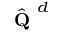
\hat { \textbf { Q } } ^ { d }